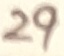
Text: 29